Vaccination United Provinces of Agra and Oudh 1923-1928 - 1923-1928
Year: 1923
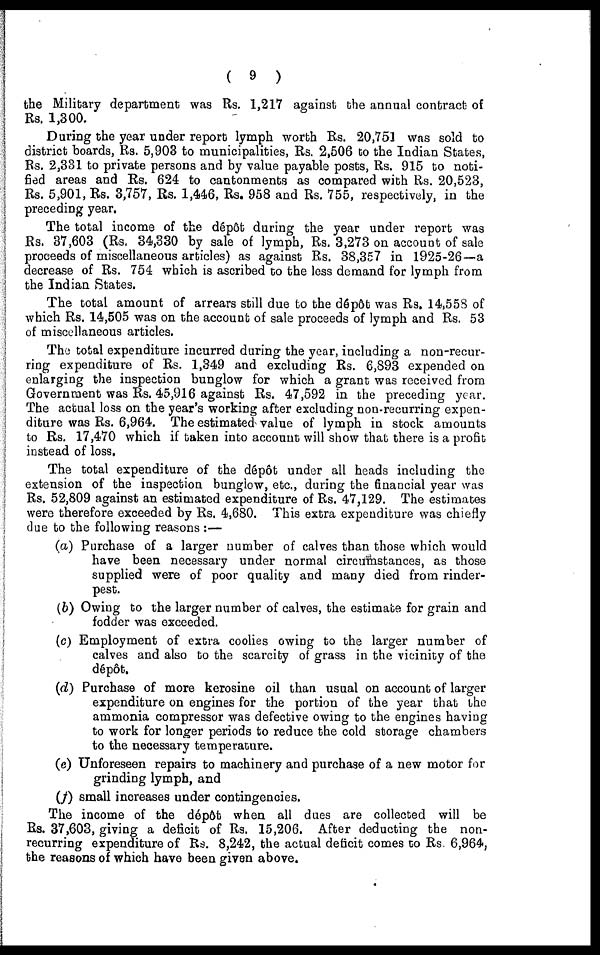
( 9 )
the Military department was Rs. 1,217 against the annual contract of
Rs. 1,300.
During the year under report lymph worth Rs. 20,751 was sold to
district boards, Rs. 5,903 to municipalities, Rs. 2,506 to the Indian States,
Rs. 2,331 to private persons and by value payable posts, Rs. 915 to noti-
fied areas and Rs. 624 to cantonments as compared with Rs. 20,523,
Rs. 5,901, Rs. 3,757, Rs. 1,446, Rs. 958 and Rs. 755, respectively, in the
preceding year.
The total income of the dépôt during the year under report was
Rs. 37,603 (Rs. 34,330 by sale of lymph, Rs. 3,273 on account of sale
proceeds of miscellaneous articles) as against Rs. 38,357 in 1925-26—a
decrease of Rs. 754 which is ascribed to the less demand for lymph from
the Indian States.
The total amount of arrears still due to the dépôt was Rs. 14,558 of
which Rs. 14,505 was on the account of sale proceeds of lymph and Rs. 53
of miscellaneous articles.
The total expenditure incurred during the year, including a non-recur-
ring expenditure of Rs. 1,349 and excluding Rs. 6,893 expended on
enlarging the inspection bunglow for which a grant was received from
Government was Rs. 45,916 against Rs. 47,592 in the preceding year.
The actual loss on the year's working after excluding non-recurring expen-
diture was Rs. 6,964. The estimated value of lymph in stock amounts
to Rs. 17,470 which if taken into account will show that there is a profit
instead of loss.
The total expenditure of the dépôt under all heads including the
extension of the inspection bunglow, etc., during the financial year was
Rs. 52,809 against an estimated expenditure of Rs. 47,129. The estimates
were therefore exceeded by Rs. 4,680. This extra expenditure was chiefly
due to the following reasons :—
(a) Purchase of a larger number of calves than those which would
have been necessary under normal circumstances, as those
supplied were of poor quality and many died from rinder-
pest.
(b) Owing to the larger number of calves, the estimate for grain and
fodder was exceeded.
(c) Employment of extra coolies owing to the larger number of
calves and also to the scarcity of grass in the vicinity of the
dépôt.
(d) Purchase of more kerosine oil than usual on account of larger
expenditure on engines for the portion of the year that the
ammonia compressor was defective owing to the engines having
to work for longer periods to reduce the cold storage chambers
to the necessary temperature.
(e) Unforeseen repairs to machinery and purchase of a new motor for
grinding lymph, and
(f) small increases under contingencies.
The income of the dépôt when all dues are collected will be
Rs. 37,603, giving a deficit of Rs. 15,206. After deducting the non-
recurring expenditure of Rs. 8,242, the actual deficit comes to Rs. 6,964,
the reasons of which have been given above.